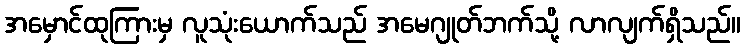
အမှောင်ထုကြားမှ လူသုံးယောက်သည် အမေဂျုတ်ဘက်သို့ လာလျက်ရှိသည်။